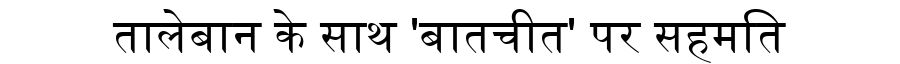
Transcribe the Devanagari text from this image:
तालेबान के साथ 'बातचीत' पर सहमति